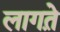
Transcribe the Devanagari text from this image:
लागत़े